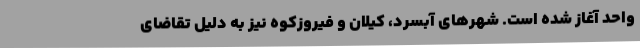
واحد آغاز شده است. شهرهای آبسرد، کیلان و فیروزکوه نیز به دلیل تقاضای